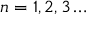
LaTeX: n = 1 , 2 , 3 \ldots